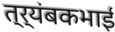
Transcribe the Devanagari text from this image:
त्र्यंबकभाई